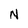
Character: N